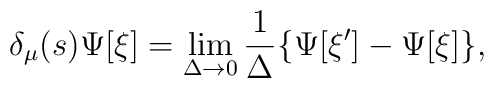
\delta_\mu(s) \Psi[\xi] = \lim_{\Delta \rightarrow 0}  \frac{1}{\Delta}    \{\Psi[\xi'] - \Psi[\xi]\},